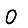
Digit: 0